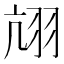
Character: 𦐄